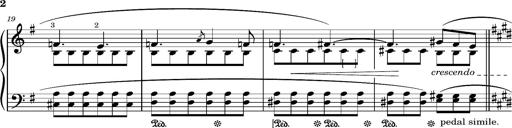
Title: Romance oubliÃ©e
Composer: Franz Liszt